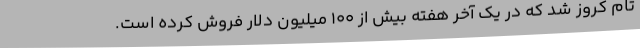
تام کروز شد که در یک آخر هفته بیش از ۱۰۰ میلیون دلار فروش کرده است.